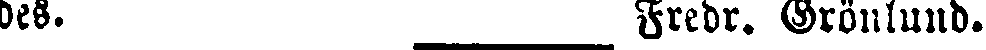
des. Fredr. Grönlund.